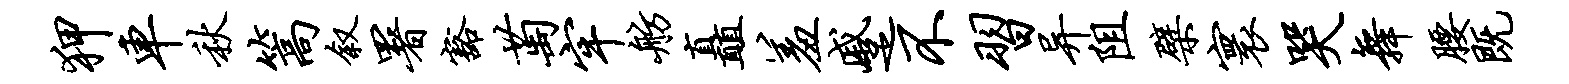
狎车秋篙叙署豁萄牢舫矗羞蹙不习异阻檗寰哭舞腰既